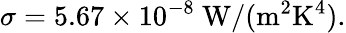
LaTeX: \sigma=5.67\times 10^{-8}\mathrm{\ W/(m^{2}K^{4})}.